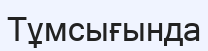
Тұмсығында